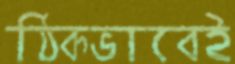
ঠিকভাবেই